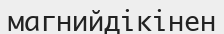
магнийдікінен